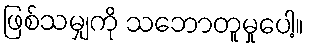
ဖြစ်သမျှကို သဘောတူမှုပေါ့။